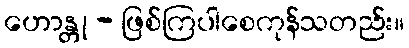
ဟောန္တု - ဖြစ်ကြပါစေကုန်သတည်း။